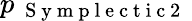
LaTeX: p_{\mathrm{~{~S~y~m~p~l~e~c~t~i~c~2~}~}}